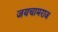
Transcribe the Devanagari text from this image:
जयचामराज